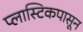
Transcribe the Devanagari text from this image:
प्लास्टिकपासून